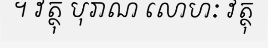
។ វត្ថុ បុរាណ លោហៈ វត្ថុ